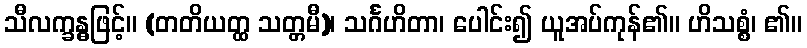
သီလက္ခန္ဓဖြင့်။ (တတိယတ္ထ သတ္တမီ)၊ သင်္ဂဟိတာ၊ ပေါင်း၍ ယူအပ်ကုန်၏။ ဟိသစ္စံ၊ ၏။